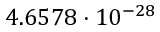
4 . 6 5 7 8 \cdot 1 0 ^ { - 2 8 }